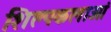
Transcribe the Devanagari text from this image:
शिल्पकलाओं